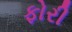
ફોરી